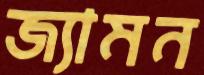
জ্যামন